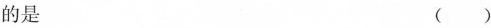
的是 ( )